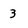
Character: 3